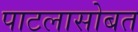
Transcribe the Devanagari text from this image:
पाटलासोबत